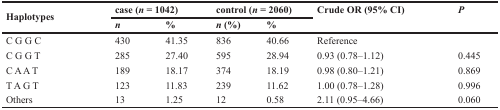
<table><thead><tr><td rowspan="2"><b>Haplotypes</b></td><td colspan="2"><b>case (<i>n</i> = 1042)</b></td><td colspan="2"><b>control (<i>n</i> = 2060)</b></td><td rowspan="2"><b>Crude OR (95% CI)</b></td><td rowspan="2"><b><i>P</i></b></td></tr><tr><td><b><i>n</i></b></td><td><b>%</b></td><td><b><i>n</i> (%)</b></td><td><b>%</b></td></tr></thead><tbody><tr><td>C G G C</td><td>430</td><td>41.35</td><td>836</td><td>40.66</td><td>Reference</td><td></td></tr><tr><td>C G G T</td><td>285</td><td>27.40</td><td>595</td><td>28.94</td><td>0.93 (0.78–1.12)</td><td>0.445</td></tr><tr><td>C A A T</td><td>189</td><td>18.17</td><td>374</td><td>18.19</td><td>0.98 (0.80–1.21)</td><td>0.869</td></tr><tr><td>T A G T</td><td>123</td><td>11.83</td><td>239</td><td>11.62</td><td>1.00 (0.78–1.28)</td><td>0.996</td></tr><tr><td>Others</td><td>13</td><td>1.25</td><td>12</td><td>0.58</td><td>2.11 (0.95–4.66)</td><td>0.060</td></tr></tbody></table>